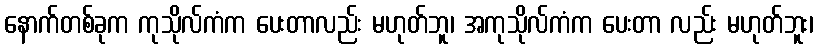
နောက်တစ်ခုက ကုသိုလ်ကံက ပေးတာလည်း မဟုတ်ဘူ၊ အကုသိုလ်ကံက ပေးတာ လည်း မဟုတ်ဘူး၊